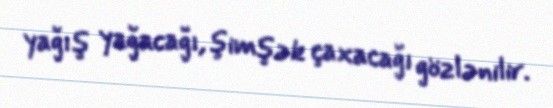
yağış yağacağı, şimşək çaxacağı gözlənilir.